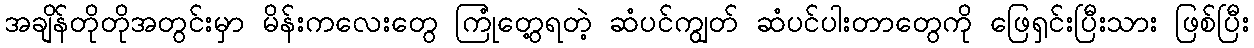
အချိန်တိုတိုအတွင်းမှာ မိန်းကလေးတွေ ကြုံတွေ့ရတဲ့ ဆံပင်ကျွတ် ဆံပင်ပါးတာတွေကို ဖြေရှင်းပြီးသား ဖြစ်ပြီး